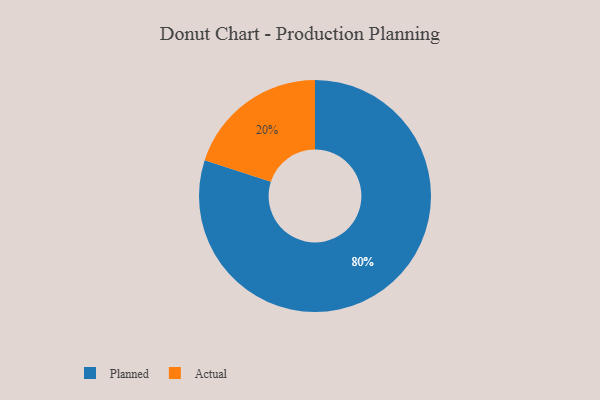
{"axis": {"x": "Category", "y": "Percentage"}, "legend": ["Actual", "Planned"], "data": [{"x": "Planned", "y": 80, "type": "Planned"}, {"x": "Actual", "y": 20, "type": "Actual"}]}